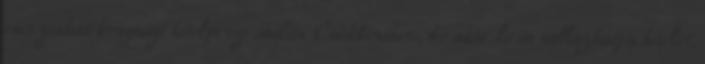
energiahatékonysági hitelprogramban Csökkentheti, de akár le is nullázhatja hitelét,